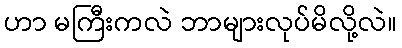
ဟာ မကြီးကလဲ ဘာများလုပ်မိလို့လဲ။